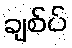
ချစ်ပ်